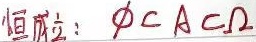
恒成立：$\varnothing \subset A\subset \Omega$